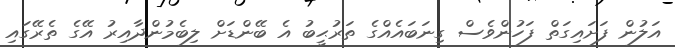
އަލުން ފަށައިގަތް ފަހުންވެސް ގިނަބައެއްގެ ތަރުޙީބު އެ ބޭންޑަށް ލިބެމުންދާއިރު އޭގެ ތެރޭގައި